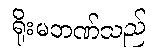
ရိုးမဘဏ်သည်